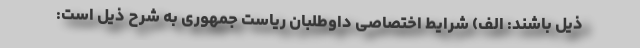
ذیل باشند: الف) شرایط اختصاصی داوطلبان ریاست جمهوری به شرح ذیل است: